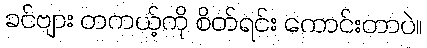
ခင်ဗျား တကယ့်ကို စိတ်ရင်း ကောင်းတာပဲ။